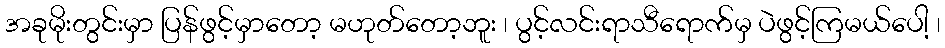
အခုမိုးတွင်းမှာ ပြန်ဖွင့်မှာတော့ မဟုတ်တော့ဘူး ၊ ပွင့်လင်းရာသီရောက်မှ ပဲဖွင့်ကြမယ်ပေါ့ ၊